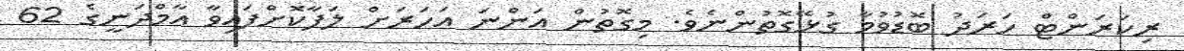
ރިކަރަންޓް ހަރަދު ބޮޑުވުމާ ގުޅޭގޮތުންނެވެ. މިގޮތުން އަންނަ އަހަރަށް ލަފާކޮށްފައިވާ އާމްދަނީގެ 62